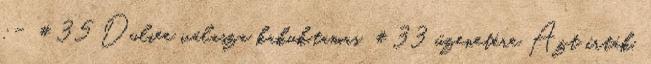
:- #35 Duliee válasza kakuk.tamas #33 üzenetére Azt írták,